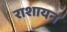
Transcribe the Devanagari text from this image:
राशायन